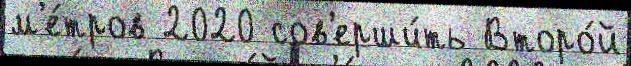
м'е́тров 2020 сов'ерши́ть Второ́й